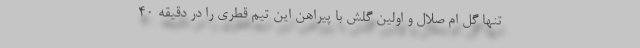
تنها گل ام صلال و اولین گلش با پیراهن این تیم قطری را در دقیقه 40